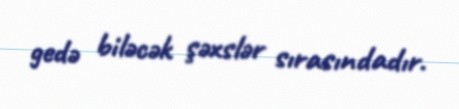
gedə biləcək şəxslər sırasındadır.